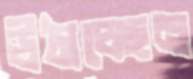
উঠাচ্ছেন